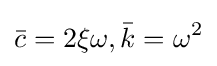
{\bar {c}}=2\xi \omega ,{\bar {k}}=\omega ^{2}